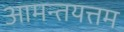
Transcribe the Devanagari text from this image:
आमन्तयत्तम